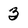
Character: z